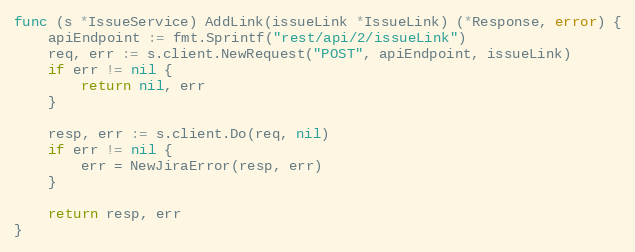
Language: Go
func (s *IssueService) AddLink(issueLink *IssueLink) (*Response, error) {
	apiEndpoint := fmt.Sprintf("rest/api/2/issueLink")
	req, err := s.client.NewRequest("POST", apiEndpoint, issueLink)
	if err != nil {
		return nil, err
	}

	resp, err := s.client.Do(req, nil)
	if err != nil {
		err = NewJiraError(resp, err)
	}

	return resp, err
}